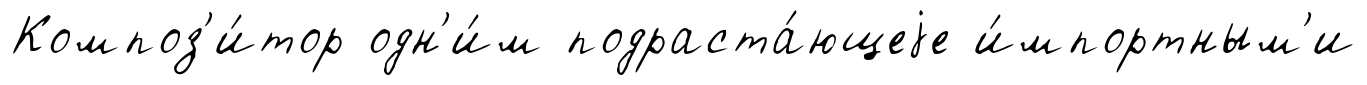
Композ'и́тор одн'и́м подраста́ющеjе и́мпортным'и